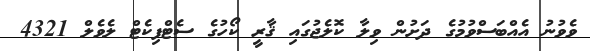
ވެވުނު އެއްބަސްވުމުގެ ދަށުން ވިލާ ކޮލެޖުގައި ޤާރީ ކޯހުގެ ސެޓްފިކެޓް ލެވެލް 4321